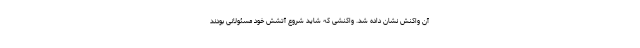
آن واکنش نشان داده شد. واکنشی که شاید شروع آتشش خود مسئولانی بودند